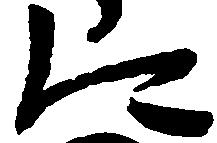
に